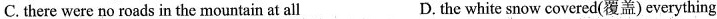
C.there were no roads in the mountain at all D.the white snow covered(覆盖) everything